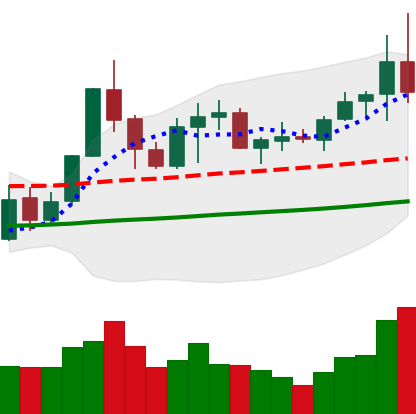
Ticker: NEO-USD
Chart end date: 2019-05-30
Forward return: -9.821%
Label: down_7plus